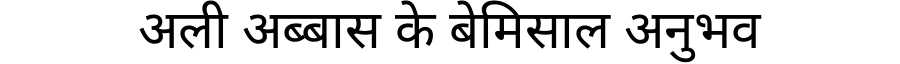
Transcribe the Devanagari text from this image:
अली अब्बास के बेमिसाल अनुभव